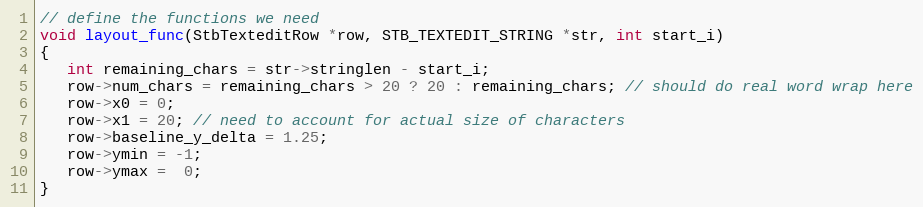
Language: C++
// define the functions we need
void layout_func(StbTexteditRow *row, STB_TEXTEDIT_STRING *str, int start_i)
{
   int remaining_chars = str->stringlen - start_i;
   row->num_chars = remaining_chars > 20 ? 20 : remaining_chars; // should do real word wrap here
   row->x0 = 0;
   row->x1 = 20; // need to account for actual size of characters
   row->baseline_y_delta = 1.25;
   row->ymin = -1;
   row->ymax =  0;
}